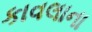
કાવલાના